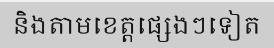
និងតាមខេត្តផ្សេងៗទៀត